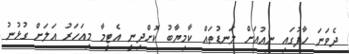
ދެވަނަ ހާފުގައި ނިއުއަށް ލަނޑުތައް ކާމިޔާބު ކޮށްދިނީ އެޓީމާ މިއަހަރު އަލަށް ގުޅުނު